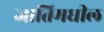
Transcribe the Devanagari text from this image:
जातिमधील